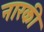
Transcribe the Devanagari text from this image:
नारकी